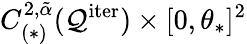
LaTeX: C_{(*)}^{2,\tilde{\alpha}}(\mathcal{Q}^{\mathrm{iter}})\times[0,\theta_{*}]^{2}